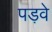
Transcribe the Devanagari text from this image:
पड़वे